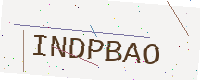
Text: INDPBAO